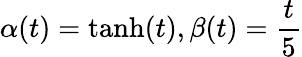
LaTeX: \alpha(t)=\operatorname{tanh}(t),\beta(t)=\frac{t}{5}